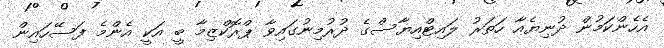
އެހެންކަމުން ދުނިޔެއާ ހަތަރު ލައިޓްއިޔާސްގެ ދުރުމިނުގައިވާ ޕްރޮކްޒިމާ ބީ އަކީ އެންމެ ފަސޭހައިން